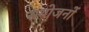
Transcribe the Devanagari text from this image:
सयोजनों